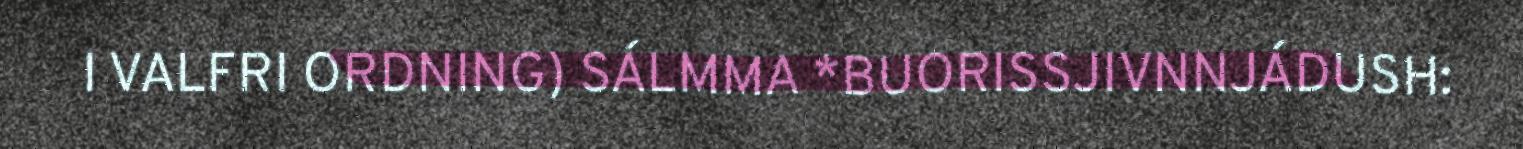
I VALFRI ORDNING) SÁLMMA *BUORISSJIVNNJÁDUSH: